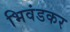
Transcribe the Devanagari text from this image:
भिवंडकर